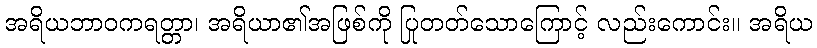
အရိယဘာဝကရတ္တာ၊ အရိယာ၏အဖြစ်ကို ပြုတတ်သောကြောင့် လည်းကောင်း။ အရိယ